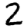
Digit: 2